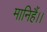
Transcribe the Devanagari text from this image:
मानिहैं।।